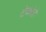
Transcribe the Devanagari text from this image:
टेकोडे